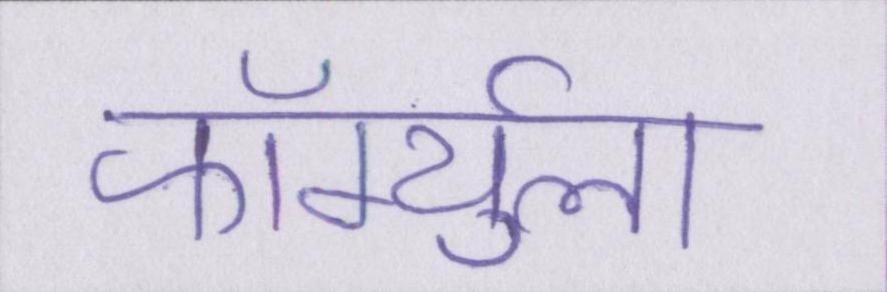
फॉर्म्युला